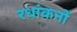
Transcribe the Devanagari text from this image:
रधांकनों